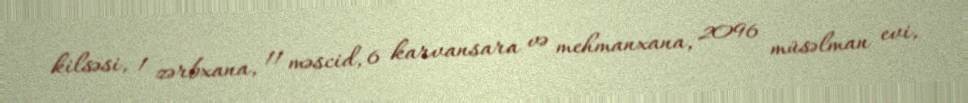
kilsəsi, 1 zərbxana, 11 məscid, 6 karvansara və mehmanxana, 2096 müsəlman evi,